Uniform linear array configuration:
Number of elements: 12
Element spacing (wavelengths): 0.75
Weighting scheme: blackman
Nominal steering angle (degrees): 30
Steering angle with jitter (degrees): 29.15
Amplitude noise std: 0.05
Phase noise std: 0.05

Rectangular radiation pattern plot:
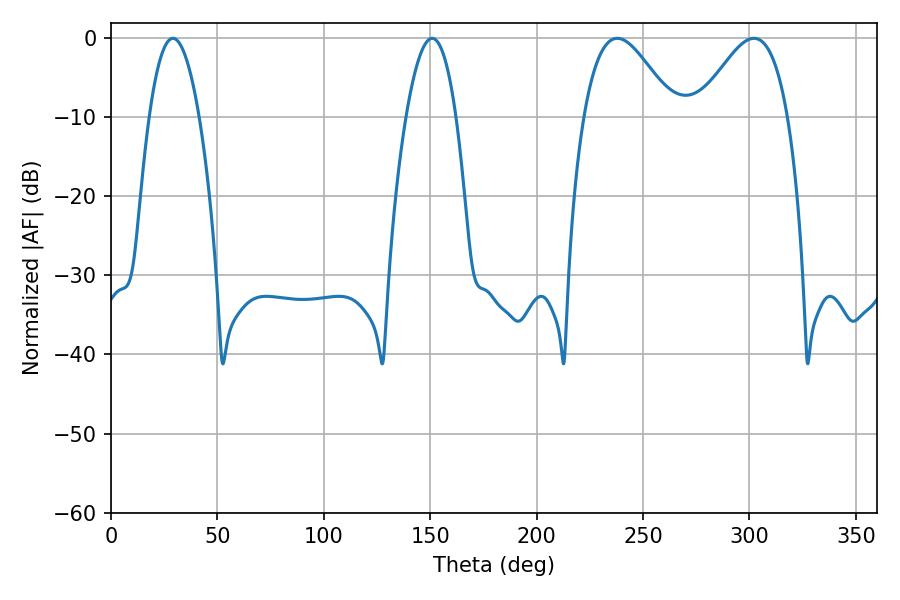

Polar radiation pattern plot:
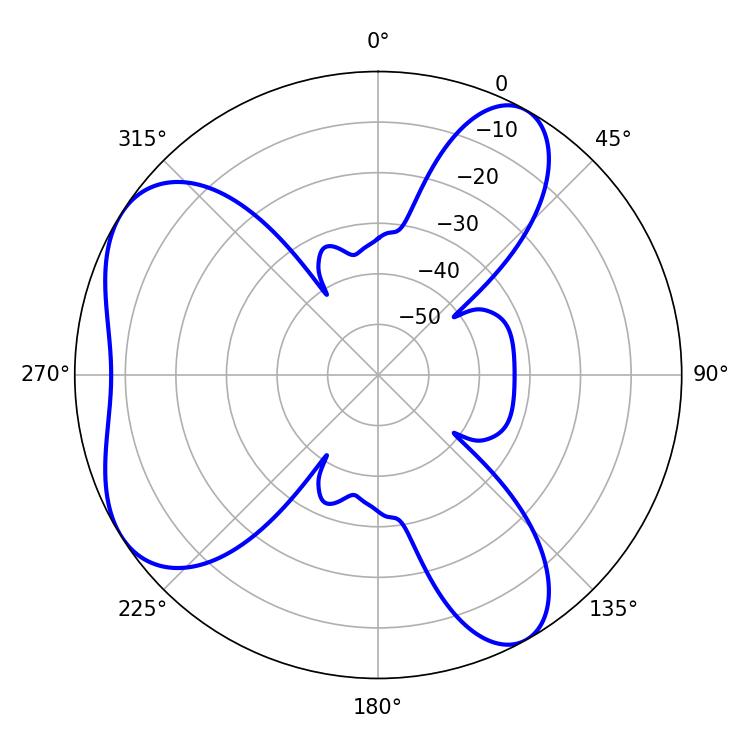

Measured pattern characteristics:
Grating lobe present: TRUE
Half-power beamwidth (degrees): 22.86
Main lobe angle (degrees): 237.96